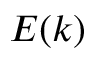
E ( k )